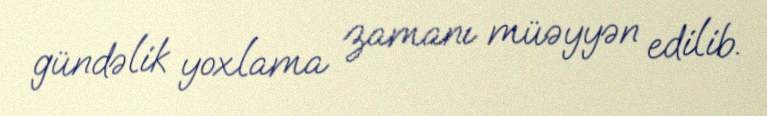
gündəlik yoxlama zamanı müəyyən edilib.